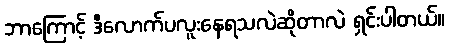
ဘာကြောင့် ဒီလောက်ပလူးနေရသလဲဆိုတာလဲ ရှင်းပါတယ်။